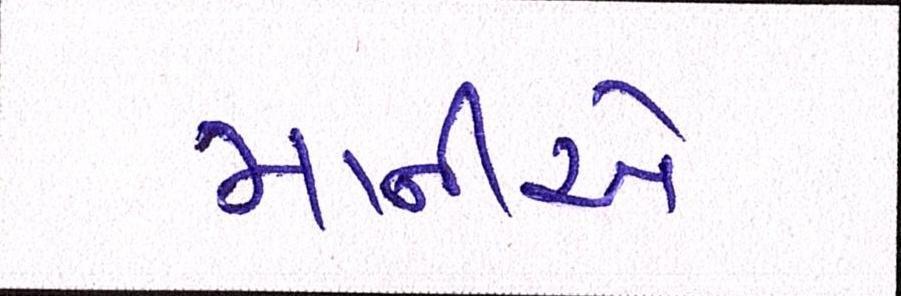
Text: માનીએ